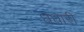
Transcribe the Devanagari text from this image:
धधारी